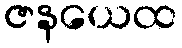
ဇနယေထ